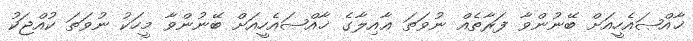
ޚާއްޞައެހީއަށް ބޭނުންވާ ފަރާތެއް ނުވަތަ ޢާއިލާގެ ޚާއްޞައެހީއަށް ބޭނުންވާ މީހަކު ނުވަތަ ކުއްޖަކު